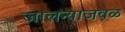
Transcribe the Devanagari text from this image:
जालन्याजवळ